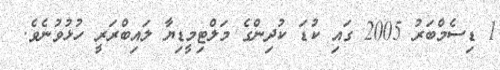
1 ޑިސެމްބަރު 2005 ގައި ކުޑަ ކުދިންގެ މަލްޓިމީޑިޔާ ލައިބްރަރީ ހުޅުވުނެވެ.